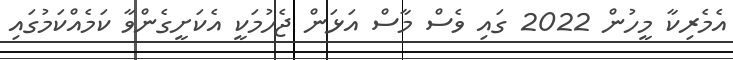
އެމެރިކާ މީހުން 2022 ގައި ވެސް މާސް އަޅަން ޖެހުމަކީ އެކަށީގެންވާ ކަމެއްކަމުގައި